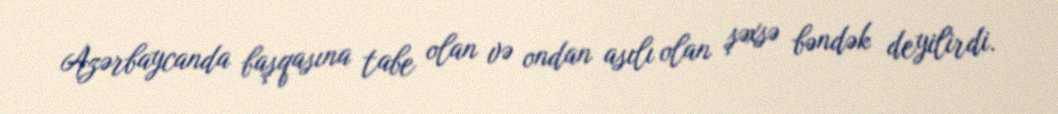
Azərbaycanda başqasına tabe olan və ondan asılı olan şəxsə bəndək deyilirdi.